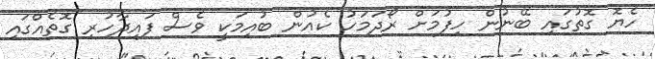
ހެޔޮ ގޮތުގައި ބޭނުން ހިފުމަށް ރޯދަމަހު ކެއުން ބުއިމަކީ ވެސް ފައިދާހުރި ގޮތެއްގައި